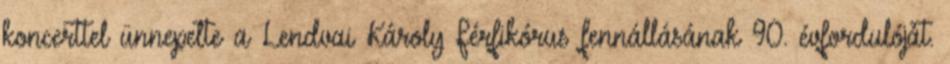
koncerttel ünnepelte a Lendvai Károly Férfikórus fennállásának 90. évfordulóját.